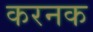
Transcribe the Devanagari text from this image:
करनक